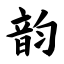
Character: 韵